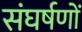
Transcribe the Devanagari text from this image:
संघर्षणों